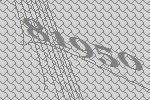
81950